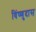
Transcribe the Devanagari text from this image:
विंष्णुदास